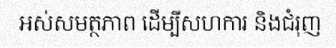
អស់សមត្ថភាព ដើម្បីសហការ និងជំរុញ